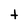
Character: t